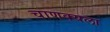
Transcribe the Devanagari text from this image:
चाणक्यला